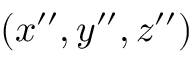
( x ^ { \prime \prime } , y ^ { \prime \prime } , z ^ { \prime \prime } )